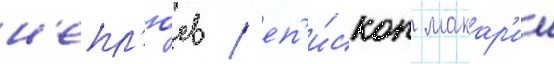
н'епл'юев / еп'и́скоп макар'ии